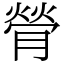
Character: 膋